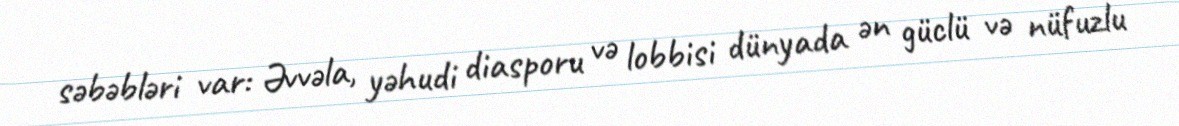
səbəbləri var: Əvvəla, yəhudi diasporu və lobbisi dünyada ən güclü və nüfuzlu